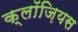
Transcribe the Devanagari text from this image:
क्लॉज़ियस